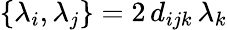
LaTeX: \{ \lambda_{i},\lambda_{j}\} =2\, d_{ijk}\, \lambda_{k}